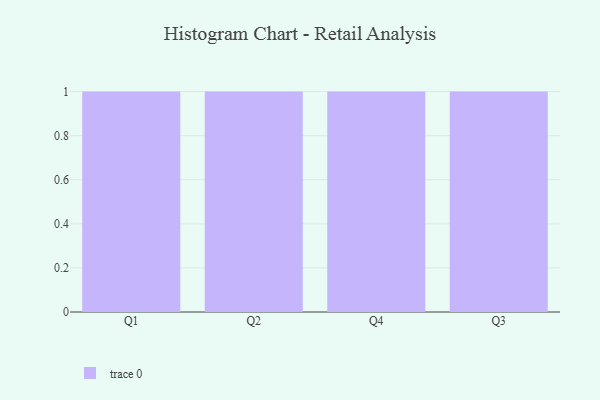
{"axis": {"x": "Quarter", "y": "Revenue (USD Million)"}, "legend": [""], "data": [{"x": "Q1", "y": 16, "type": ""}, {"x": "Q2", "y": 12, "type": ""}, {"x": "Q4", "y": 1, "type": ""}, {"x": "Q3", "y": 42, "type": ""}]}